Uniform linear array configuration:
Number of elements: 12
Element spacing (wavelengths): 0.25
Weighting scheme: exponential
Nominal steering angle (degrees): -15
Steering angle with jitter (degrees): -14.425
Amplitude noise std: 0.05
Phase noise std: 0.05

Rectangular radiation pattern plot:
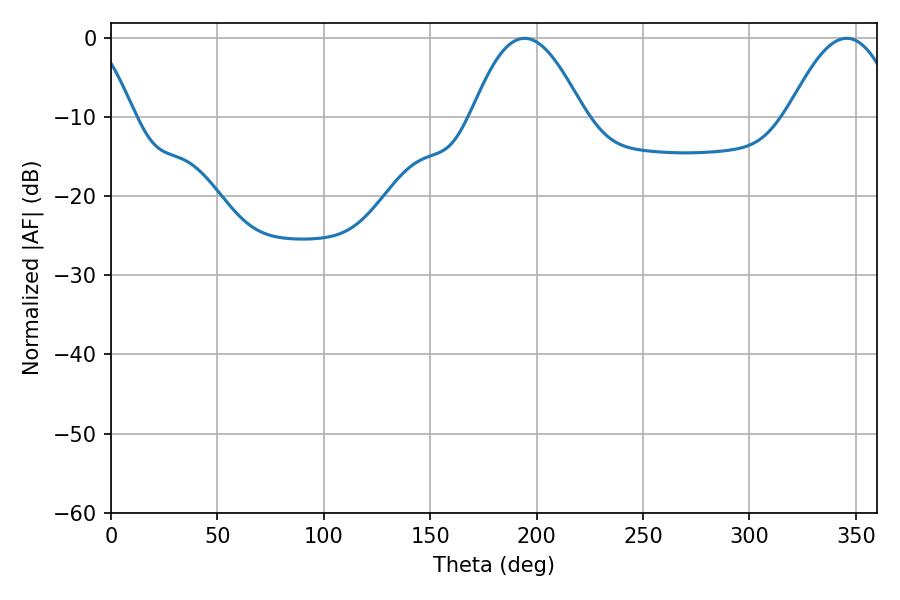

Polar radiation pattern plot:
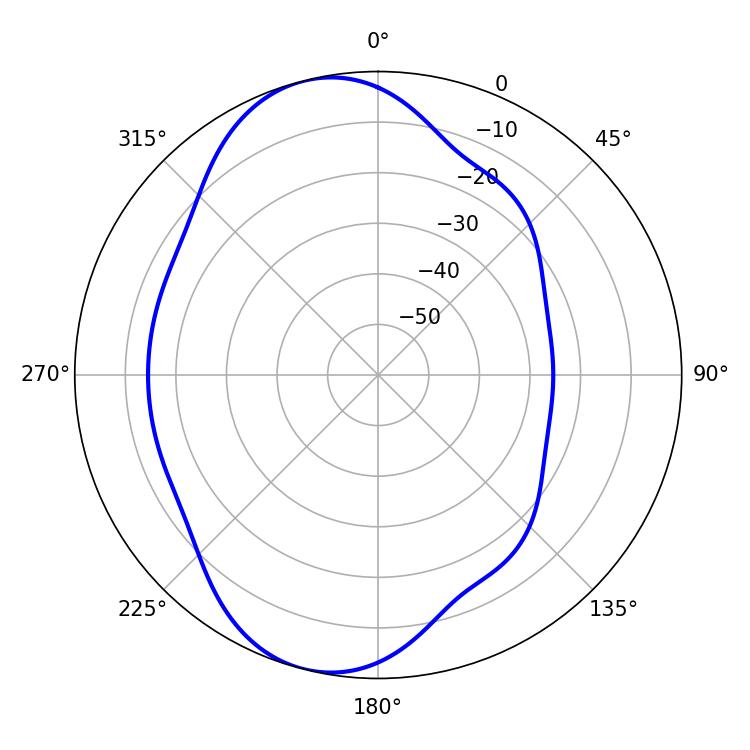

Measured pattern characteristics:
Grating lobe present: FALSE
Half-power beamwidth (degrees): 28.62
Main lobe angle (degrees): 194.4